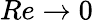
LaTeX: Re\to 0